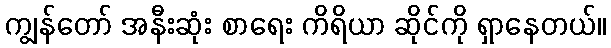
ကျွန်တော် အနီးဆုံး စာရေး ကိရိယာ ဆိုင်ကို ရှာနေတယ်။